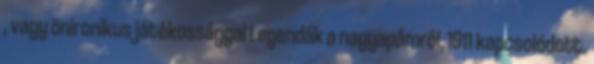
, vagy önironikus játékossággal Legendák a nagyapámról, 1911 kapcsolódott.